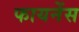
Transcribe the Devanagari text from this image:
फायनेंस